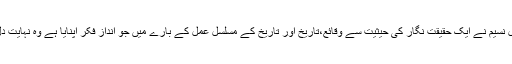
سلطان جمیل نسیم نے ایک حقیقت نگار کی حیثیت سے وقائع،تاریخ اور تاریخ کے مسلسل عمل کے بارے میں جو انداز فکر اپنایا ہے وہ نہایت دل نشیں ہے۔